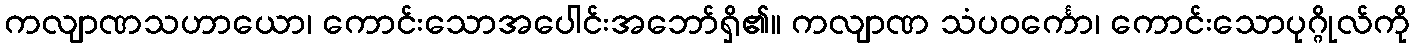
ကလျာဏသဟာယော၊ ကောင်းသောအပေါင်းအဘော်ရှိ၏။ ကလျာဏ သံပဝင်္ကော၊ ကောင်းသောပုဂ္ဂိုလ်ကို